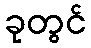
ခုတွင်